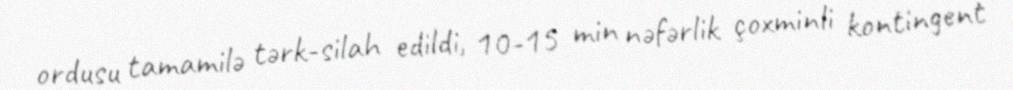
ordusu tamamilə tərk-silah edildi, 10-15 min nəfərlik çoxminli kontingent